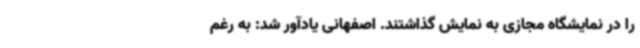
را در نمایشگاه مجازی به نمایش گذاشتند. اصفهانی یادآور شد: به رغم